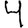
Digit: 4